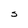
Character: S